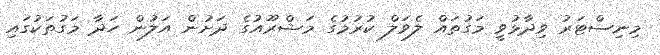
މިނިސްޓަރު ވިދާޅުވީ މަގުތައް ލެވަލް ކުރުމުގެ މަޝްރޫއުގެ ދަށުން އަލުން ހަދާ މަގުތަކުގައި